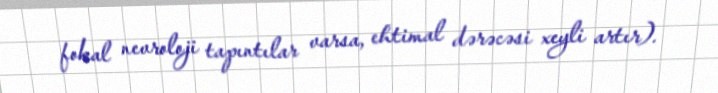
fokal nevroloji tapıntılar varsa, ehtimal dərəcəsi xeyli artır).